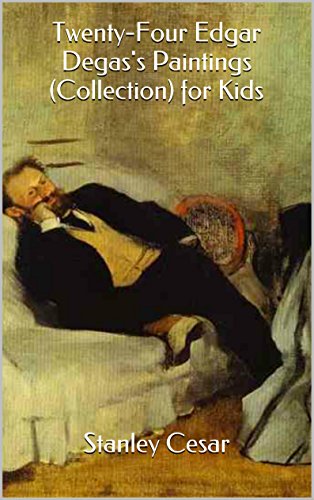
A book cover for Twenty-Four Edgar Degas's Paintings (Collection) for Kids; Stanley Cesar; Sports & Outdoors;